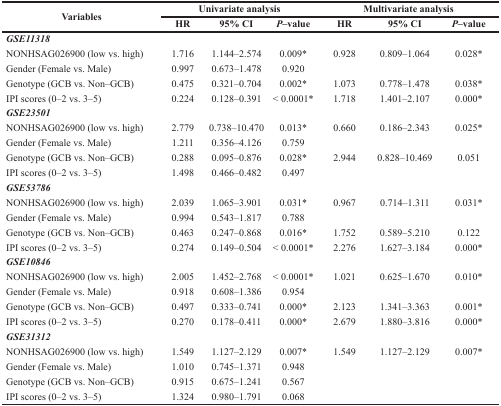
<table><thead><tr><td rowspan="2"><b>Variables</b></td><td colspan="3"><b>Univariate analysis</b></td><td colspan="3"><b>Multivariate analysis</b></td></tr><tr><td><b>HR</b></td><td><b>95% CI</b></td><td><b><i>P</i>–value</b></td><td><b>HR</b></td><td><b>95% CI</b></td><td><b><i>P</i>–value</b></td></tr></thead><tbody><tr><td colspan="7"><b><i>GSE11318</i></b></td></tr><tr><td>NONHSAG026900 (low vs. high)</td><td>1.716</td><td>1.144–2.574</td><td>0.009*</td><td>0.928</td><td>0.809–1.064</td><td>0.028*</td></tr><tr><td>Gender (Female vs. Male)</td><td>0.997</td><td>0.673–1.478</td><td>0.920</td><td></td><td></td><td></td></tr><tr><td>Genotype (GCB vs. Non–GCB)</td><td>0.475</td><td>0.321–0.704</td><td>0.002*</td><td>1.073</td><td>0.778–1.478</td><td>0.038*</td></tr><tr><td>IPI scores (0–2 vs. 3–5)</td><td>0.224</td><td>0.128–0.391</td><td>&lt; 0.0001*</td><td>1.718</td><td>1.401–2.107</td><td>0.000*</td></tr><tr><td colspan="7"><b><i>GSE23501</i></b></td></tr><tr><td>NONHSAG026900 (low vs. high)</td><td>2.779</td><td>0.738–10.470</td><td>0.013*</td><td>0.660</td><td>0.186–2.343</td><td>0.025*</td></tr><tr><td>Gender (Female vs. Male)</td><td>1.211</td><td>0.356–4.126</td><td>0.759</td><td></td><td></td><td></td></tr><tr><td>Genotype (GCB vs. Non–GCB)</td><td>0.288</td><td>0.095–0.876</td><td>0.028*</td><td>2.944</td><td>0.828–10.469</td><td>0.051</td></tr><tr><td>IPI scores (0–2 vs. 3–5)</td><td>1.498</td><td>0.466–0.482</td><td>0.497</td><td></td><td></td><td></td></tr><tr><td colspan="7"><b><i>GSE53786</i></b></td></tr><tr><td>NONHSAG026900 (low vs. high)</td><td>2.039</td><td>1.065–3.901</td><td>0.031*</td><td>0.967</td><td>0.714–1.311</td><td>0.031*</td></tr><tr><td>Gender (Female vs. Male)</td><td>0.994</td><td>0.543–1.817</td><td>0.788</td><td></td><td></td><td></td></tr><tr><td>Genotype (GCB vs. Non–GCB)</td><td>0.463</td><td>0.247–0.868</td><td>0.016*</td><td>1.752</td><td>0.589–5.210</td><td>0.122</td></tr><tr><td>IPI scores (0–2 vs. 3–5)</td><td>0.274</td><td>0.149–0.504</td><td>&lt; 0.0001*</td><td>2.276</td><td>1.627–3.184</td><td>0.000*</td></tr><tr><td colspan="7"><b><i>GSE10846</i></b></td></tr><tr><td>NONHSAG026900 (low vs. high)</td><td>2.005</td><td>1.452–2.768</td><td>&lt; 0.0001*</td><td>1.021</td><td>0.625–1.670</td><td>0.010*</td></tr><tr><td>Gender (Female vs. Male)</td><td>0.918</td><td>0.608–1.386</td><td>0.954</td><td></td><td></td><td></td></tr><tr><td>Genotype (GCB vs. Non–GCB)</td><td>0.497</td><td>0.333–0.741</td><td>0.000*</td><td>2.123</td><td>1.341–3.363</td><td>0.001*</td></tr><tr><td>IPI scores (0–2 vs. 3–5)</td><td>0.270</td><td>0.178–0.411</td><td>0.000*</td><td>2.679</td><td>1.880–3.816</td><td>0.000*</td></tr><tr><td colspan="7"><b><i>GSE31312</i></b></td></tr><tr><td>NONHSAG026900 (low vs. high)</td><td>1.549</td><td>1.127–2.129</td><td>0.007*</td><td>1.549</td><td>1.127–2.129</td><td>0.007*</td></tr><tr><td>Gender (Female vs. Male)</td><td>1.010</td><td>0.745–1.371</td><td>0.948</td><td></td><td></td><td></td></tr><tr><td>Genotype (GCB vs. Non–GCB)</td><td>0.915</td><td>0.675–1.241</td><td>0.567</td><td></td><td></td><td></td></tr><tr><td>IPI scores (0–2 vs. 3–5)</td><td>1.324</td><td>0.980–1.791</td><td>0.068</td><td></td><td></td><td></td></tr></tbody></table>